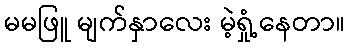
မမဖြူ မျက်နှာလေး မဲ့ရှုံ့နေတာ။